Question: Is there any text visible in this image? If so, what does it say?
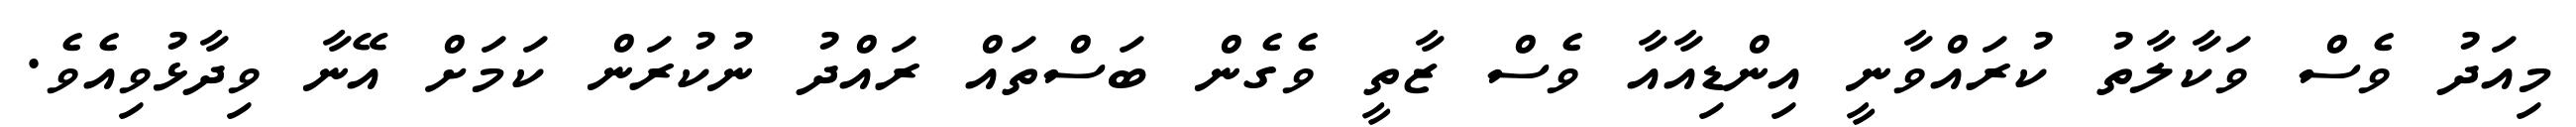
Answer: މިއަދު ވެސް ވަކާލާތު ކުރައްވާނީ އިންޑިއާއާ ވެސް ޒާތީ ވެގެން ބަސްތައް ރައްދު ނުކުރަން ކަމަށް އޭނާ ވިދާޅުވިއެވެ.